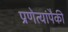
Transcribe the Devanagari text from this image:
प्रणेत्यांपैकी